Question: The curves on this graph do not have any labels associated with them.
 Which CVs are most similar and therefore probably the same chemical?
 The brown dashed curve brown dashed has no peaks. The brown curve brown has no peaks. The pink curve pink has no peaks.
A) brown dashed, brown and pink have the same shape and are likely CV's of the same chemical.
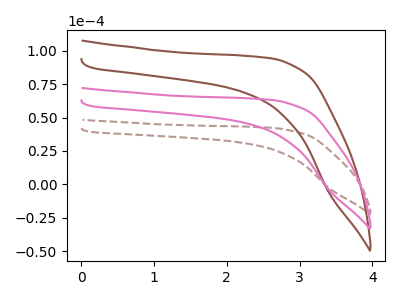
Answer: <think>Neither "brown dashed" or "brown" have any peaks. Neither "brown dashed" or "pink" have any peaks. Neither "brown" or "pink" have any peaks.
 </think>
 <answer>A) "brown dashed", "brown" and "pink" have the same shape and are likely CV's of the same chemical.</answer>
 <eval>A</eval>